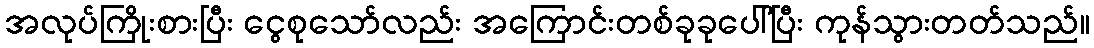
အလုပ်ကြိုးစားပြီး ငွေစုသော်လည်း အကြောင်းတစ်ခုခုပေါ်ပြီး ကုန်သွားတတ်သည်။